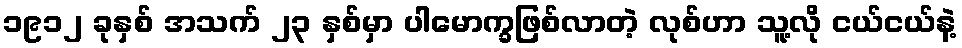
၁၉၁၂ ခုနှစ် အသက် ၂၃ နှစ်မှာ ပါမောက္ခဖြစ်လာတဲ့ လုစ်ဟာ သူ့လို ငယ်ငယ်နဲ့